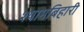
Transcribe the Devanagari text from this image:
श्यामबिहारी